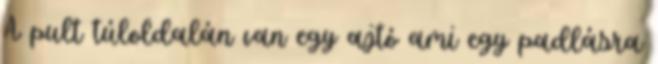
A pult túloldalán van egy ajtó ami egy padlásra